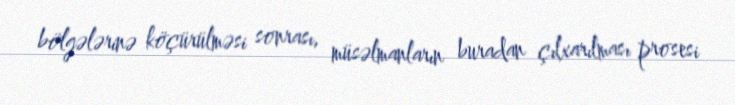
bölgələrinə köçürülməsi sonrası, müsəlmanların buradan çılxarılması prosesi